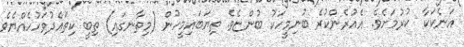
އަނެކަކާ  ކުރުމަށެވެ. އެއުރެންކުރެ ބުނިމީހަކު ބުންޏެވެ. ތިޔަބައިމީހުން (މިތާނގައި) ތިބީ ކިތައްދުވަހުހެއްޔެވެ